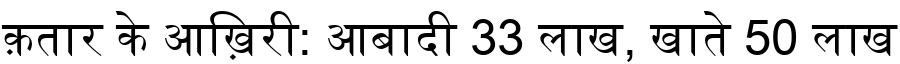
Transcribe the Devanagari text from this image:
क़तार के आख़िरी: आबादी 33 लाख, खाते 50 लाख